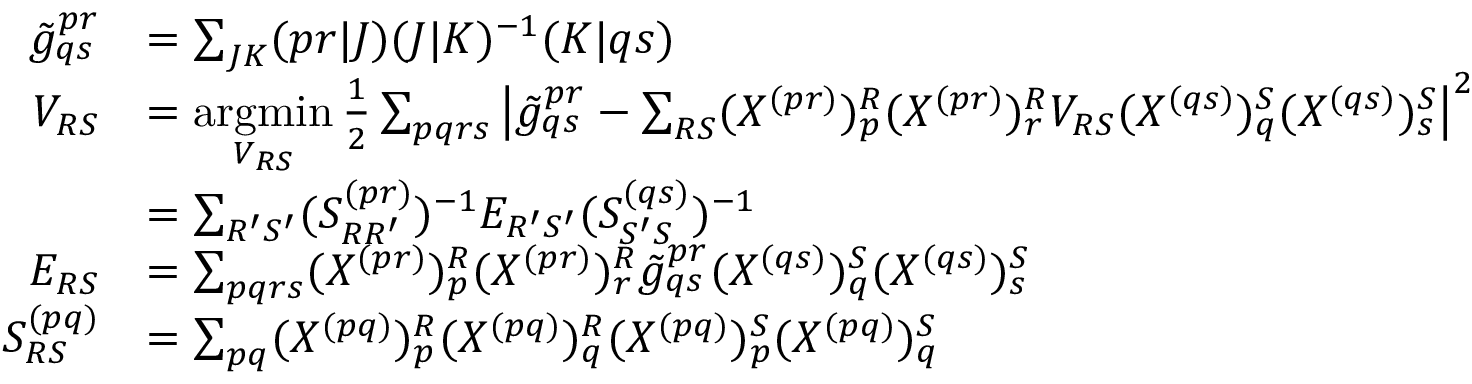
\begin{array} { r l } { \tilde { g } _ { q s } ^ { p r } } & { = \sum _ { J K } ( p r | J ) ( J | K ) ^ { - 1 } ( K | q s ) } \\ { V _ { R S } } & { = \underset { V _ { R S } } { \operatorname { a r g m i n } } \, \frac { 1 } { 2 } \sum _ { p q r s } \left| \tilde { g } _ { q s } ^ { p r } - \sum _ { R S } ( X ^ { ( p r ) } ) _ { p } ^ { R } ( X ^ { ( p r ) } ) _ { r } ^ { R } V _ { R S } ( X ^ { ( q s ) } ) _ { q } ^ { S } ( X ^ { ( q s ) } ) _ { s } ^ { S } \right| ^ { 2 } } \\ & { = \sum _ { R ^ { \prime } S ^ { \prime } } ( S _ { R R ^ { \prime } } ^ { ( p r ) } ) ^ { - 1 } E _ { R ^ { \prime } S ^ { \prime } } ( S _ { S ^ { \prime } S } ^ { ( q s ) } ) ^ { - 1 } } \\ { E _ { R S } } & { = \sum _ { p q r s } ( X ^ { ( p r ) } ) _ { p } ^ { R } ( X ^ { ( p r ) } ) _ { r } ^ { R } \tilde { g } _ { q s } ^ { p r } ( X ^ { ( q s ) } ) _ { q } ^ { S } ( X ^ { ( q s ) } ) _ { s } ^ { S } } \\ { S _ { R S } ^ { ( p q ) } } & { = \sum _ { p q } ( X ^ { ( p q ) } ) _ { p } ^ { R } ( X ^ { ( p q ) } ) _ { q } ^ { R } ( X ^ { ( p q ) } ) _ { p } ^ { S } ( X ^ { ( p q ) } ) _ { q } ^ { S } } \end{array}